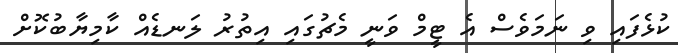
ކުޅެފައި ވި ނަމަވެސް އެ ޓީމް ވަނީ މެޗުގައި އިތުރު ލަނޑެއް ކާމިޔާބުކޮށް